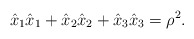
\begin{align*}\hat{x}_{1}\hat{x}_{1}+\hat{x}_{2}\hat{x}_{2}+\hat{x}_{3}\hat{x}_{3} =\rho^{2}.\end{align*}